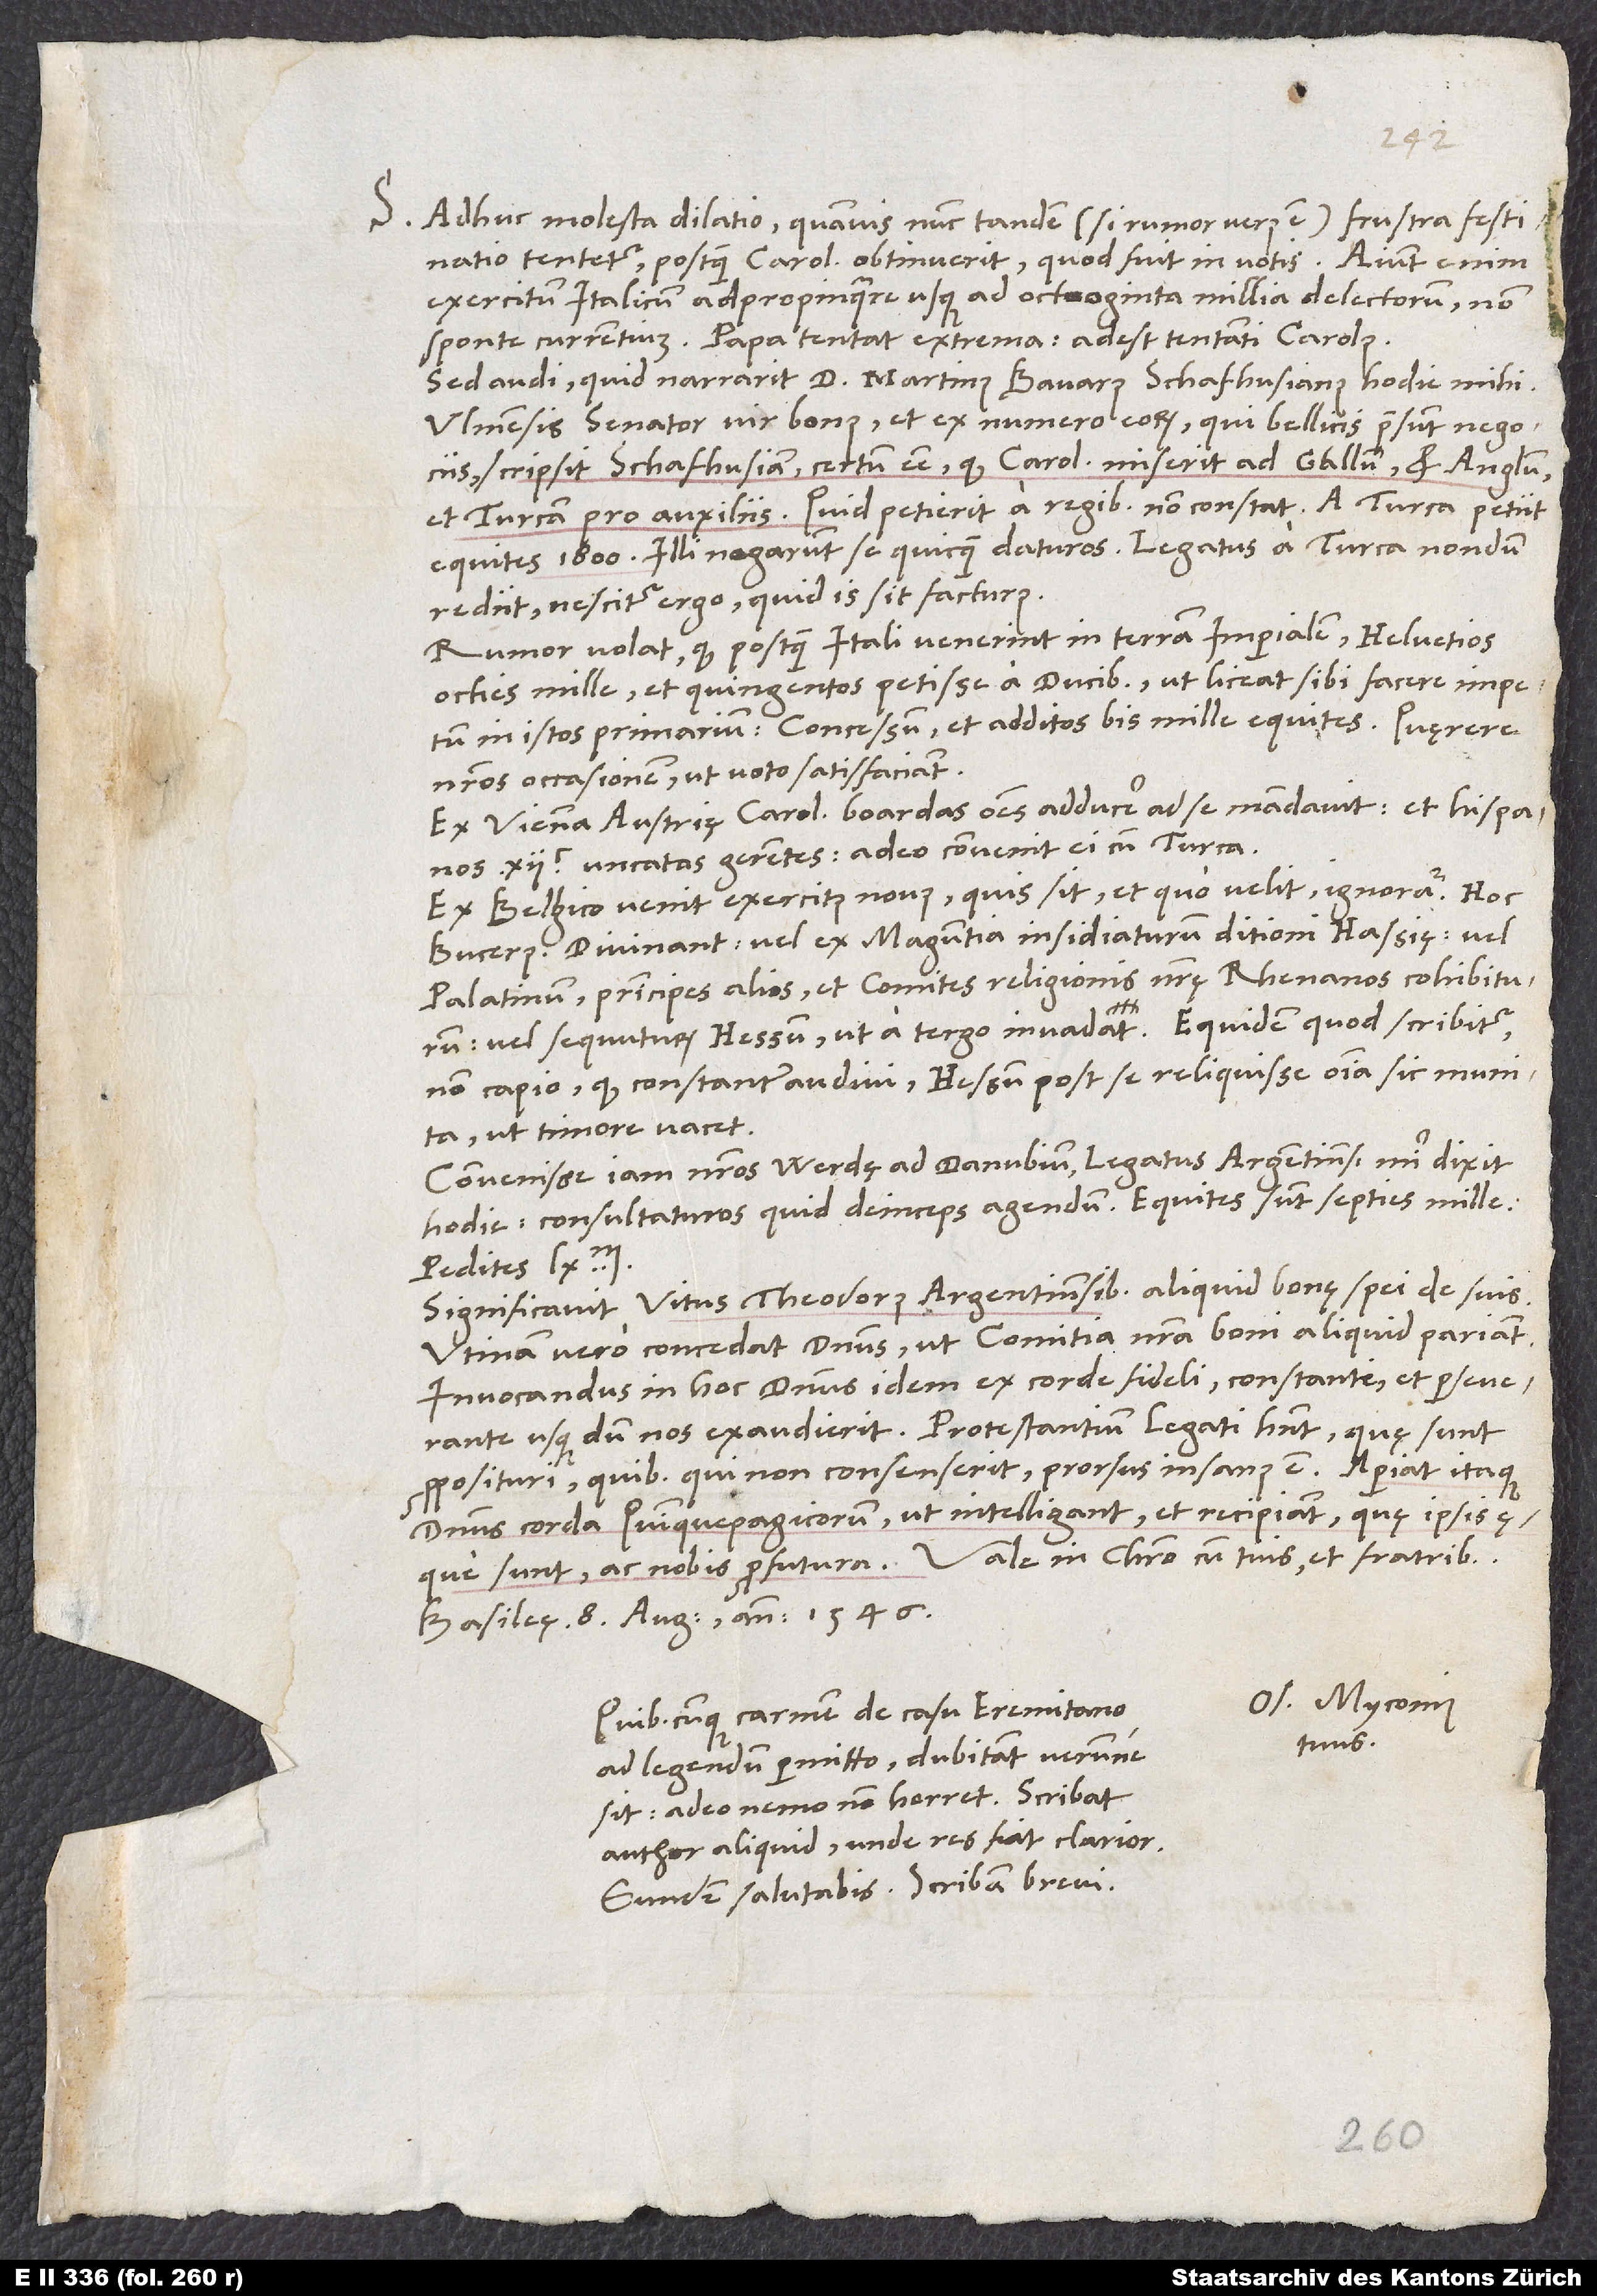
S. Adhuc molesta dilatio, quamvis nunc tandem (si rumor verus est) frustra festinatio
tentetur, postquam Carolus obtinuerit, quod fuit in votis. Aiunt enim
exercitum Italicum adpropinquare usque ad octoginta millia delectorum, non
sponte currentium. Papa tentat extrema; adest tentanti Carolus.
Sed audi, quid narravit d. Martinus Bavarus Schafhusianus hodie mihi.
Ulmensis senator, vir bonus et ex numero eorum, qui bellicis praesunt negociis,
scripsit Schafhusiam certum esse, quod Carolus miserit ad Gallum et Anglum
et Turcam pro auxiliis. Quid petierit a regibus, non constat; a Turca petiit
equites 1’800. Illi negarunt se quicquam daturos; legatus a Turca nondum
rediit. Nescitur ergo, quid is sit facturus.
Rumor volat, quod, postquam Itali venerint in terram imperialem, Helvetios
octies mille, et quingentos petisse a ducibus, ut liceat sibi facere impetum
in istos primarium; concessum et additos bis mille equites. Quęrere
nostros occasionem, ut voto satisfaciant.
Ex Vienna Austrię Carolus boardas omnes adducere ad se mandavit et Hispanos
uncatas gerentes; adeo convenit ei cum Turca.
Ex Belgico venit exercitus novus. Quis sit et quo velit, ignoratur. Hoc
Bucerus. Divinant vel ex Maguntia insidiaturum ditioni Hassię, vel
Palatinum, principes alios et comites religionis nostrę Rhenanos cohibiturum,
vel sequuturum Hessum, ut a tergo invadat. Equidem, quod scribitur,
non capio, quod constanter audivi Hessum post se reliquisse omnia sic munita,
ut timore vacet.
Convenisse iam nostros Werdę ad Danubium legatus Argentinensis mihi dixit
hodie, consultaturos, quid deinceps agendum. Equites sunt septies mille,
Significavit Vitus Theodorus Argentinensibus aliquid bonę spei de suis.
Utinam vero concedat dominus, ut comitia nostra boni aliquid pariant!
Invocandus in hoc dominus idem ex corde fideli, constanti et perseverante,
usque dum nos exaudierit. Protestantium legati habent, quę sunt
proposituri; quibus qui non consenserit, prorsus insanus est. Aperiat itaque
dominus corda Quinquepagicorum, ut intelligant et recipiant, quę ipsis
Basileę, 8. augusti anno 1546.
Os. Myconius
Quibuscunque carmen De casu Eremitano
tuus.
ad legendum permitto, dubitant verumne
sit: Adeo nemo non horret! Scribat
author aliquid, unde res fiat clarior.
Eundem salutabis. Scribam brevi.